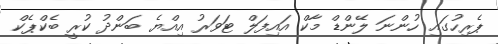
ޕެރިހުގައި ހުންނަ ލޭންޑް މާކް އައިފަލް ޓަވަރު އިއްޔެ ބަންދު ކުރީ ބެކްޕެކް